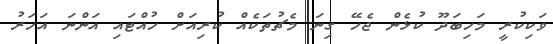
ވަކިކުރީ މަހިބަދޫ ކުޅެން ޖެހޭ ގިނަ މެޗުތަކެއް ކުރިއަށް ހުއްޓައި އަންނަ އަހަރު